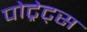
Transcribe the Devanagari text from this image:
पोट्रेट्स